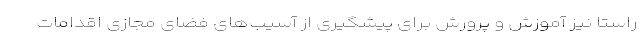
راستا نیز آموزش و پرورش برای پیشگیری از آسیب‌های فضای مجازی اقدامات